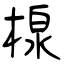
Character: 楾